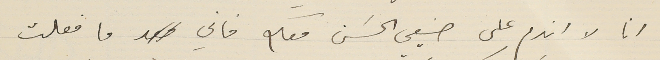
انا لا اندم على صنيعي الحسَن معكم فاني ما فعلت